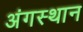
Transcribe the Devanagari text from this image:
अंगस्थान